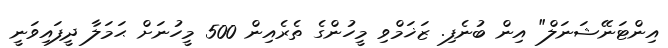
އިންޓަނޭޝަނަލް" އިން ބުނެފި. ޒަޚަމްވި މީހުންގެ ތެރެއިން 500 މީހުނަށް ޙަމަލާ ދީފައިވަނީ